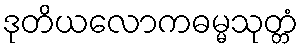
ဒုတိယလောကဓမ္မသုတ္တံ